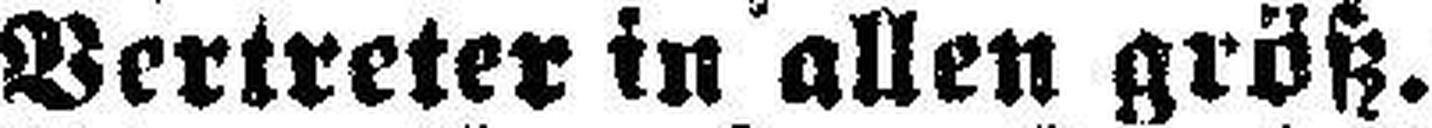
Vertreter in allen größ.